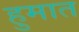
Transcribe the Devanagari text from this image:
हुमात